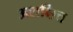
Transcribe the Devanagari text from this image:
अशक्षित्त